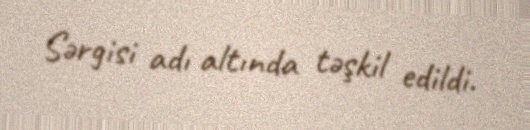
Sərgisi adı altında təşkil edildi.